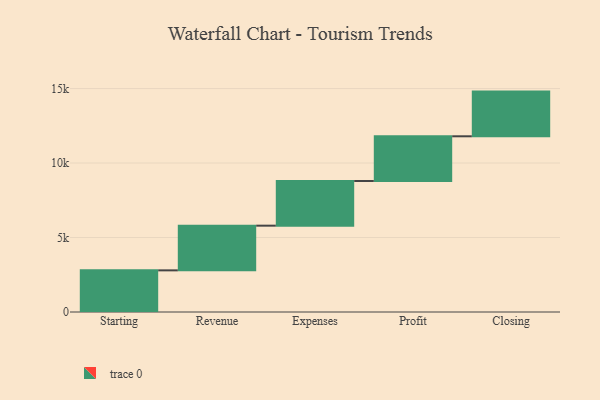
{"axis": {"x": "Step", "y": "Value"}, "legend": [""], "data": [{"x": "Starting", "y": 2795.0, "type": ""}, {"x": "Revenue", "y": 3000, "type": ""}, {"x": "Expenses", "y": 3000, "type": ""}, {"x": "Profit", "y": 3000, "type": ""}, {"x": "Closing", "y": 3000, "type": ""}]}